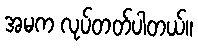
အမက လုပ်တတ်ပါတယ်။